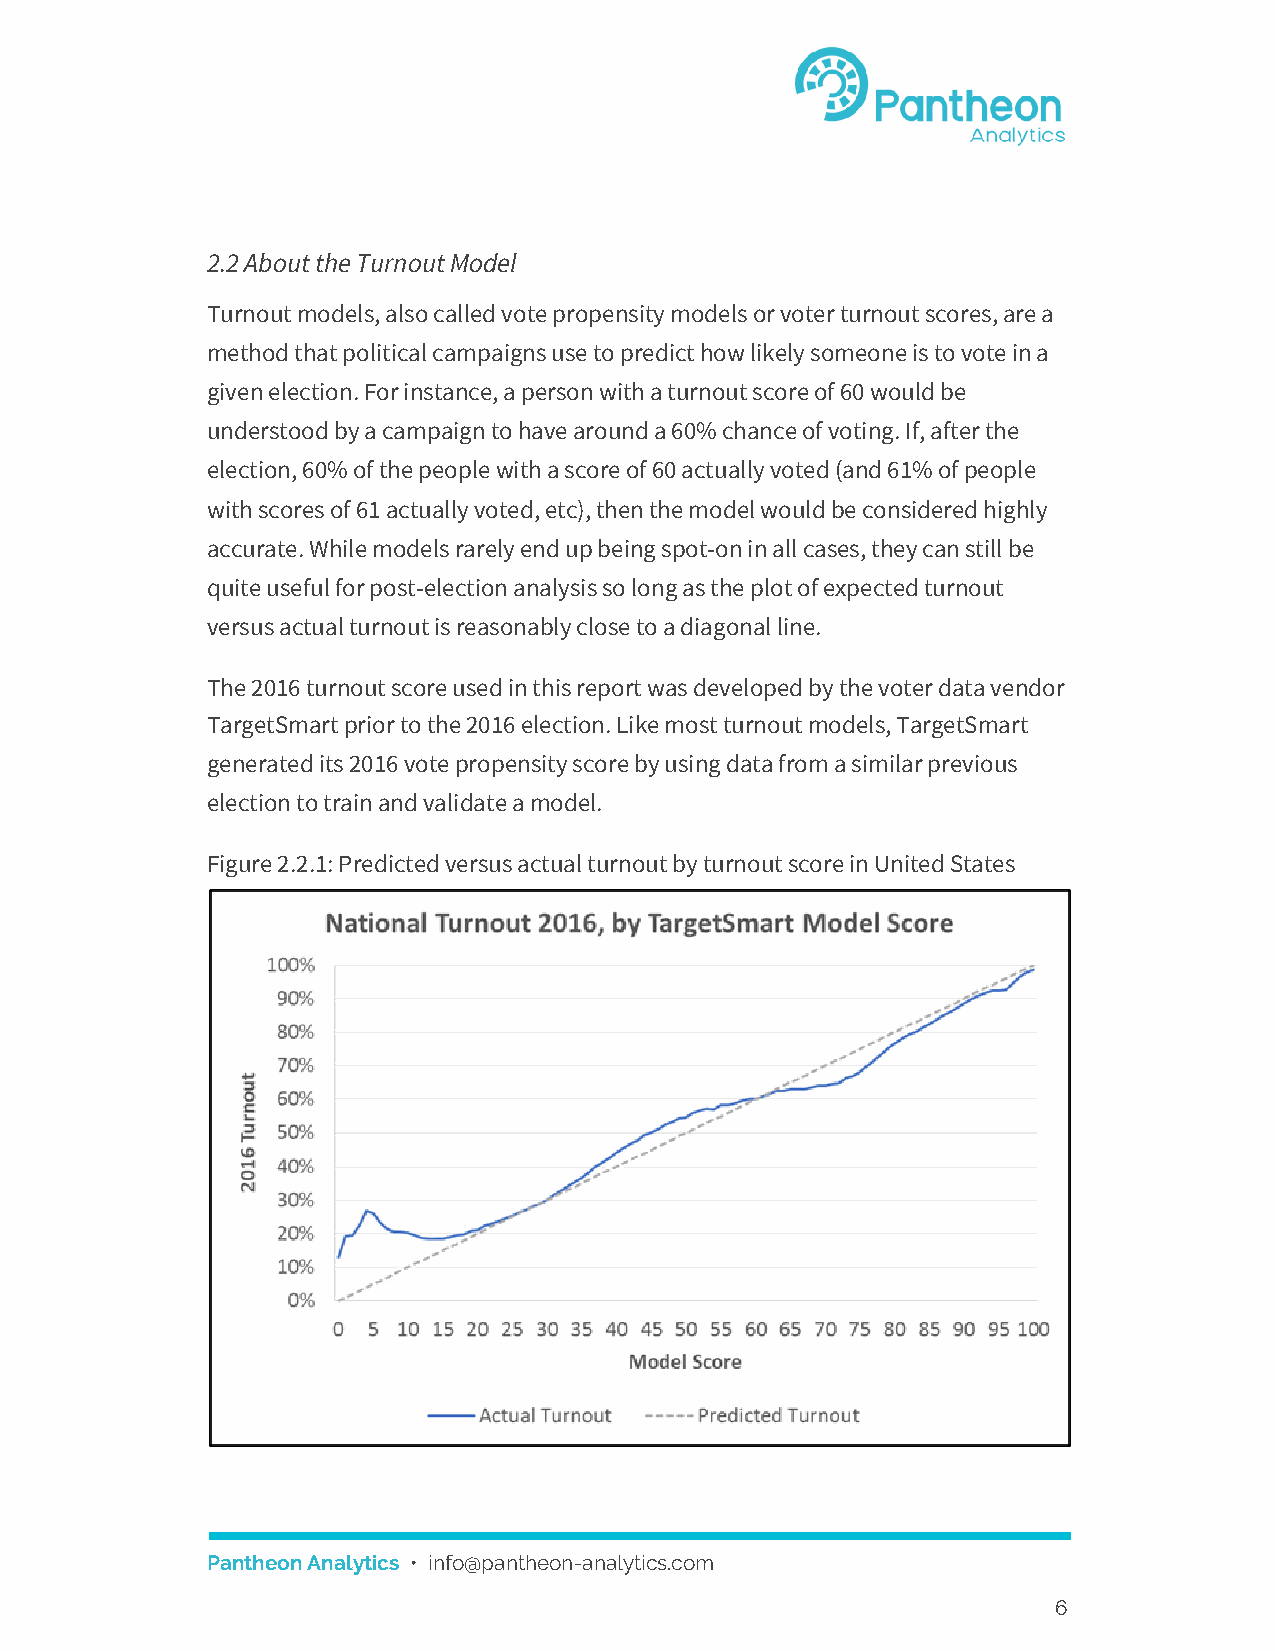
2.2 About the Turnout Model
 Turnout models, also called vote propensity models or voter turnout scores, are a
 method that political campaigns use to predict how likely someone is to vote in a
 given election. For instance, a person with a turnout score of 60 would be
 understood by a campaign to have around a 60% chance of voting. If, after the
 election, 60% of the people with a score of 60 actually voted (and 61% of people
 with scores of 61 actually voted, etc), then the model would be considered highly
 accurate. While models rarely end up being spot-on in all cases, they can still be
 quite useful for post-election analysis so long as the plot of expected turnout
 versus actual turnout is reasonably close to a diagonal line.
 The 2016 turnout score used in this report was developed by the voter data vendor
 TargetSmart prior to the 2016 election. Like most turnout models, TargetSmart
 generated its 2016 vote propensity score by using data from a similar previous
 election to train and validate a model.
 Figure 2.2.1: Predicted versus actual turnout by turnout score in United States
 Pantheon Analytics • info@pantheon-analytics.com
 ​
 6